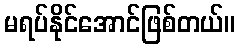
မရပ်နိုင်အောင်ဖြစ်တယ်။